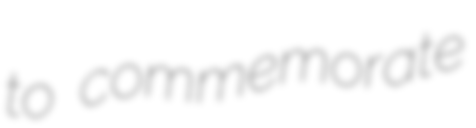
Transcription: to commemorate